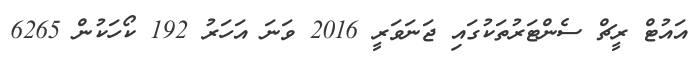
އައުޓް ރީޗް ސެންޓަރުތަކުގައި ޖަނަވަރީ 2016 ވަނަ އަހަރު 192 ކޯހަކުން 6265